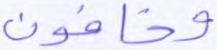
وخافون